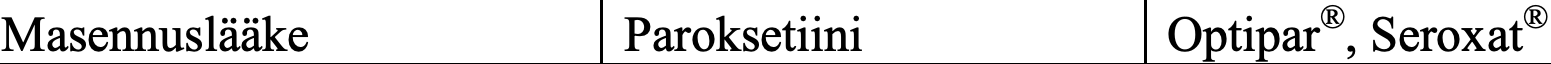
Masennuslääke       Paroksetiini      Optipar®, Seroxat®